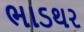
ભાડથર